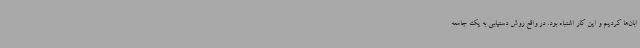
ابان‌ها کردیم و این کار اشتباه بود. در واقع روش دستیابی به یک جامعه‌